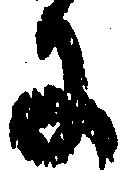
に